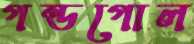
গন্ডগোল